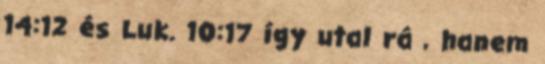
14:12 és Luk. 10:17 így utal rá , hanem